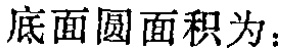
底面圆面积为：